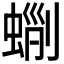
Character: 𧌵